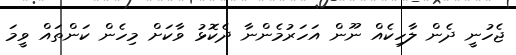
ޖެހުނީ ދެން ލާހިކެއް ނޫން އަހަރުމެންނާ ދެކޮޅު ވާކަށް މިހެން ކަންތައް ވީމަ